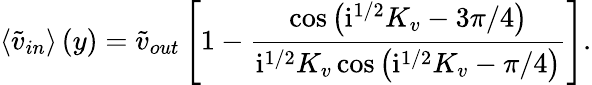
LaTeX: \left\langle{\widetilde{v}_{in}}\right\rangle\left(y\right)=\widetilde{v}_{out}\left[1-\frac{\cos{\left(\mathrm{i}^{1/2}K_{v}-3\pi/4\right)}}{\mathrm{i}^{1/2}K_{v}\cos{\left(\mathrm{i}^{1/2}K_{v}-\pi/4\right)}}\right].